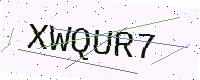
Text: XWQUR7